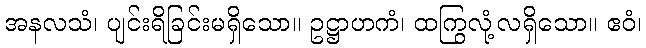
အနလသံ၊ ပျင်းရိခြင်းမရှိသော။ ဥဋ္ဌာဟကံ၊ ထကြွလုံ့လရှိသော။ ဧဝံ၊